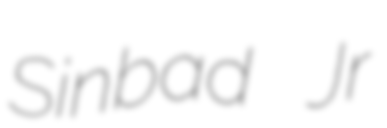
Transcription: Sinbad Jr